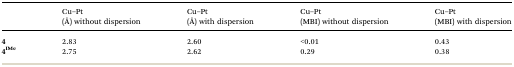
|  | Cu–Pt (Å) without dispersion | Cu–Pt (Å) with dispersion | Cu–Pt (MBI) without dispersion | Cu–Pt (MBI) with dispersion |
 | --- | --- | --- | --- | --- |
 | 4 | 2.83 | 2.60 | <0.01 | 0.43 |
 | 4IMe | 2.75 | 2.62 | 0.29 | 0.38 |